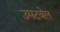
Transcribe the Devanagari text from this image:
उमटवेल